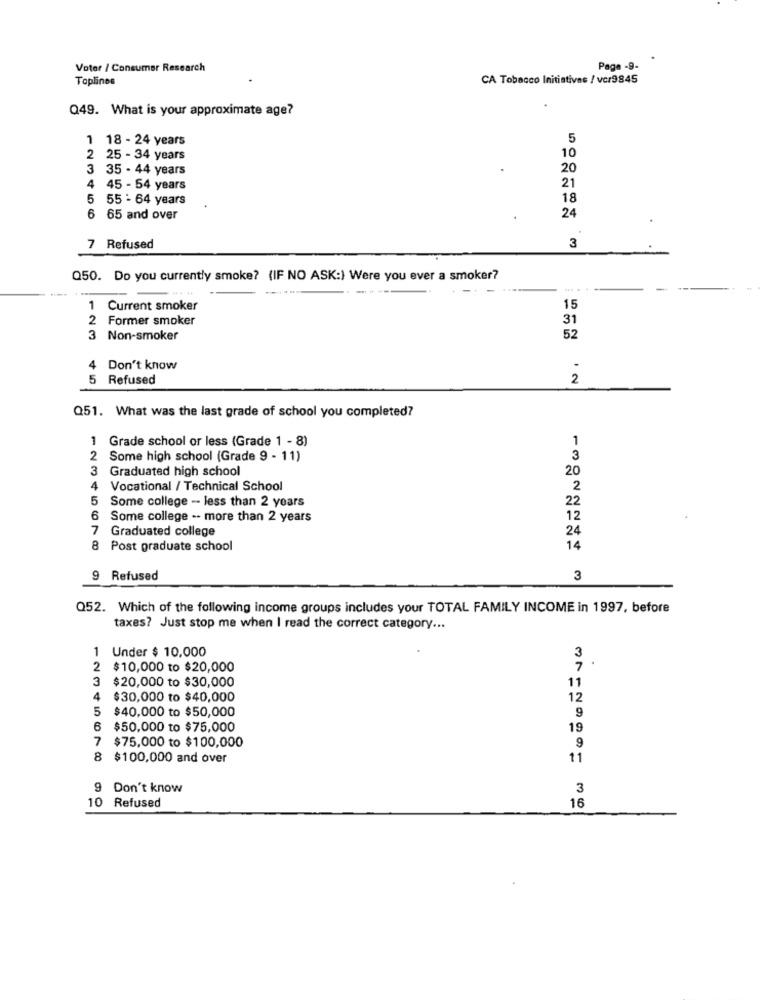
Voter / Consumer Research
Page -9-
Toplinos
CA Tobacco Initiatives / vcr9845
Q49. What is your approximate age?
1 18 - 24 years
5
2 25 - 34 years
10
3
35 - 44 years
20
4
45 - 54 years
21
5
55 - 64 years
18
6 65 and over
24
7 Refused
3
Q50. Do you currently smoke? (IF NO ASK:) Were you ever a smoker?
-
1 Current smoker
15
2 Former smoker
31
3 Non-smoker
52
4 Don't know
5 Refused
2
Q51. What was the last grade of school you completed?
1
Grade school or less (Grade 1 - 8)
2
Some high school (Grade 9 - 11)
3
3 Graduated high school
20
4 Vocational / Technical School
2
5 Some college - less than 2 years
22
6
Some college .. more than 2 years
12
7 Graduated college
24
8 Post graduate school
14
9 Refused
3
Q52. Which of the following income groups includes your TOTAL FAMILY INCOME in 1997, before
taxes? Just stop me when I read the correct category ...
3
1 Under $ 10,000
2
$10,000 to $20,000
3
$20,000 to $30,000
11
4
$30,000 to $40,000
12
5
$40,000 to $50,000
9
6
$50,000 to $75,000
19
7 $75,000 to $100,000
9
8 $100,000 and over
11
Don't know
3
10 Refused
16